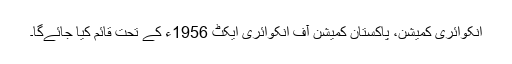
انکوائری کمیشن، پاکستان کمیشن آف انکوائری ایکٹ 1956ء کے تحت قائم کیا جائےگا۔